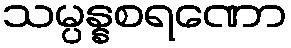
သမ္ပန္နစရဏော